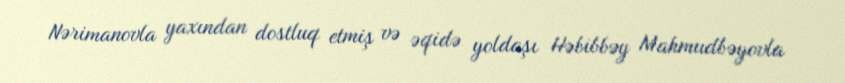
Nərimanovla yaxından dostluq etmiş və əqidə yoldaşı Həbibbəy Mahmudbəyovla